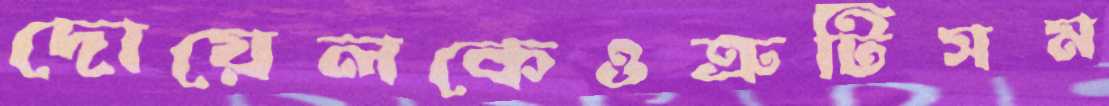
দোয়েলকেওত্রুটিসম